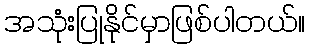
အသုံးပြုနိုင်မှာဖြစ်ပါတယ်။